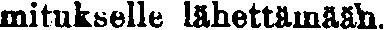
mitukselle lähettämään